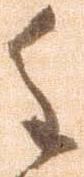
重